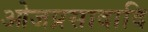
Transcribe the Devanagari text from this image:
ओजप्रसादादि